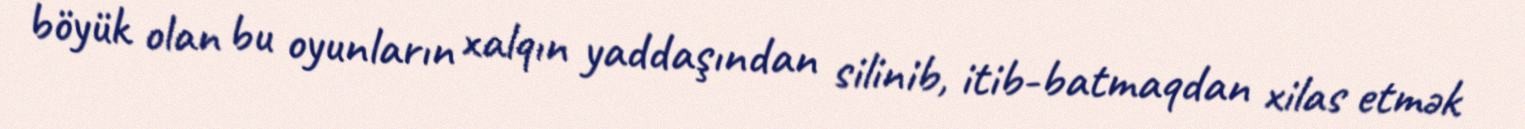
böyük olan bu oyunların xalqın yaddaşından silinib, itib-batmaqdan xilas etmək